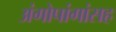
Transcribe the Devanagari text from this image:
अंगोपांगांसह